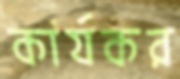
কার্যকর